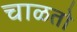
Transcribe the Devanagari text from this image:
चाळतो